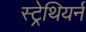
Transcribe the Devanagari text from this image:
स्ट्रेथियर्न